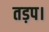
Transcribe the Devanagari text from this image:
तड़प।